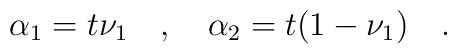
\alpha_1=t\nu_1\quad,\quad\alpha_2=t(1-\nu_1)\quad.